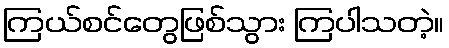
ကြယ်စင်တွေဖြစ်သွား ကြပါသတဲ့။